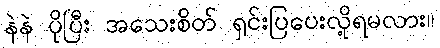
နဲနဲ ပိုပြီး အသေးစိတ် ရှင်းပြပေးလို့ရမလား။